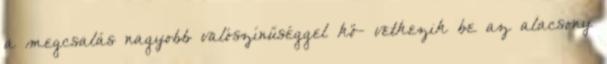
a megcsalás nagyobb valószínűséggel kö- vetkezik be az alacsony